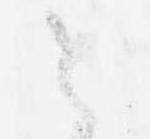
と